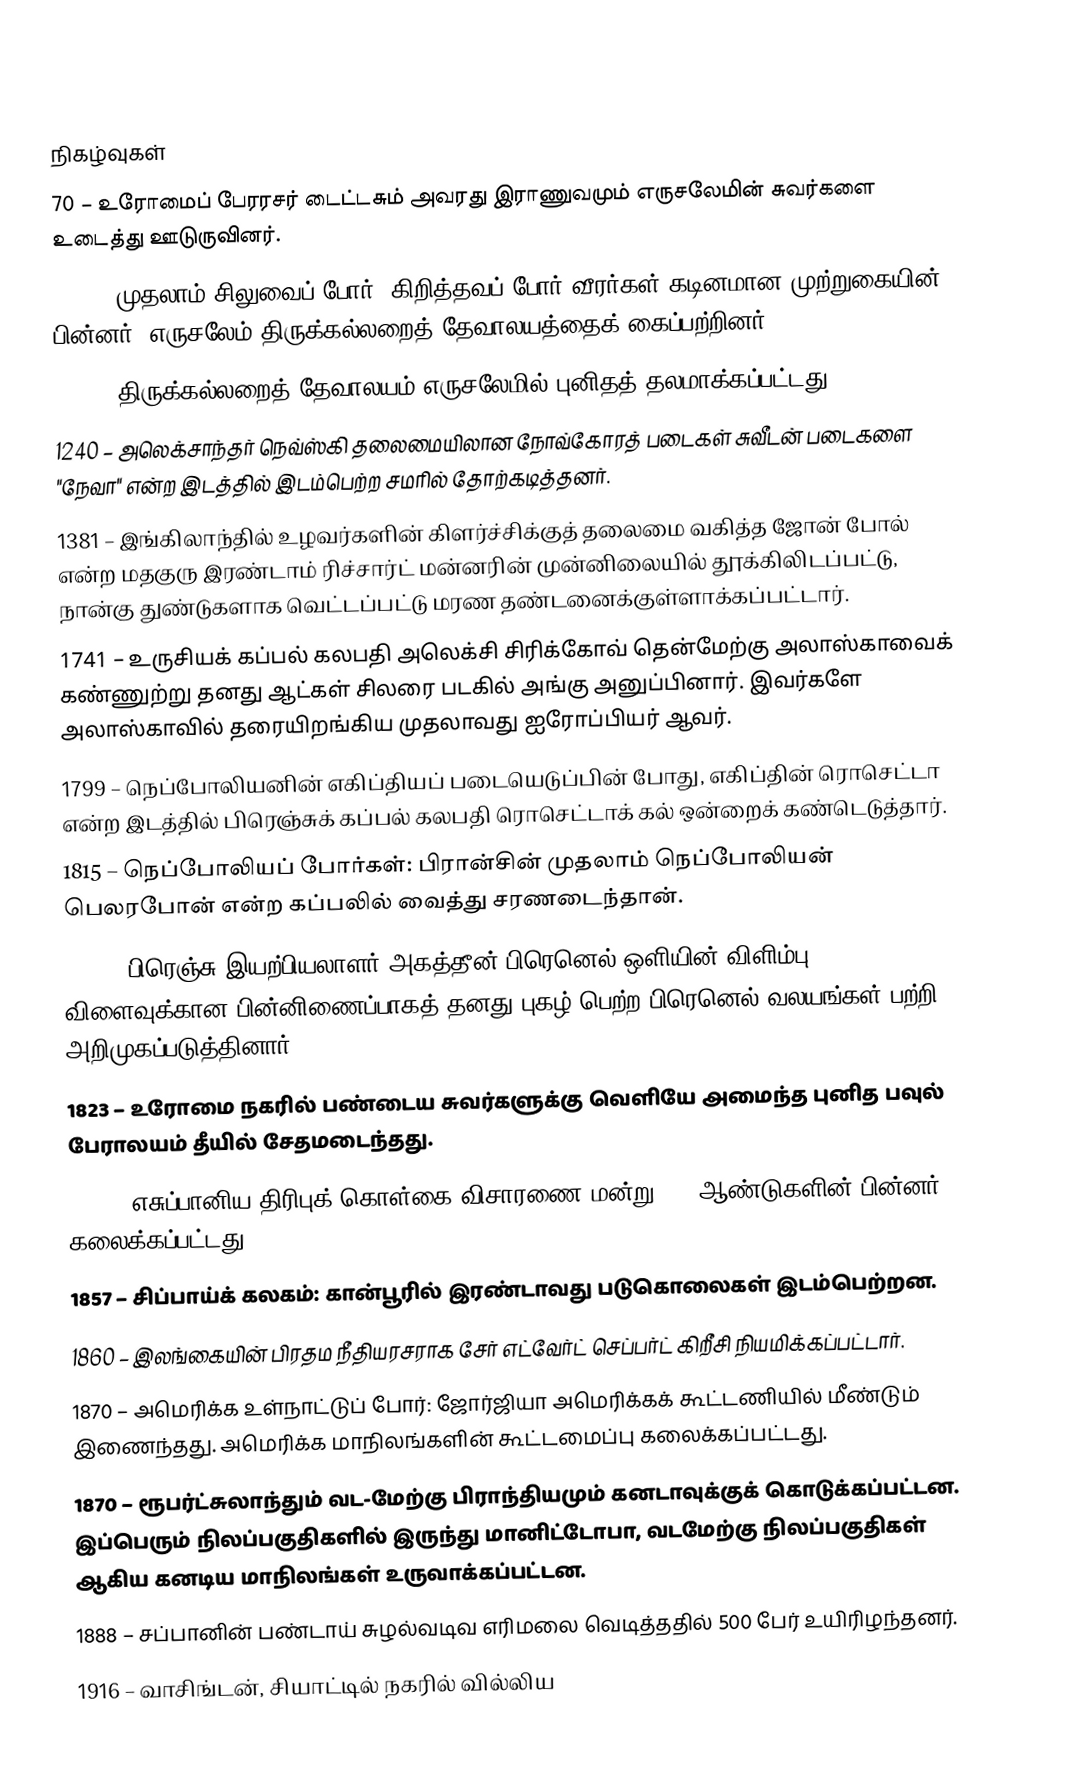

நிகழ்வுகள்
70 – உரோமைப் பேரரசர் டைட்டசும் அவரது இராணுவமும் எருசலேமின் சுவர்களை உடைத்து ஊடுருவினர்.
1099 – முதலாம் சிலுவைப் போர்: கிறித்தவப் போர் வீரர்கள் கடினமான முற்றுகையின் பின்னர், எருசலேம் திருக்கல்லறைத் தேவாலயத்தைக் கைப்பற்றினர்.
1149 – திருக்கல்லறைத் தேவாலயம் எருசலேமில் புனிதத் தலமாக்கப்பட்டது.
1240 – அலெக்சாந்தர் நெவ்ஸ்கி தலைமையிலான நோவ்கோரத் படைகள் சுவீடன் படைகளை "நேவா" என்ற இடத்தில் இடம்பெற்ற சமரில் தோற்கடித்தனர்.
1381 – இங்கிலாந்தில் உழவர்களின் கிளர்ச்சிக்குத் தலைமை வகித்த ஜோன் போல் என்ற மதகுரு இரண்டாம் ரிச்சார்ட் மன்னரின் முன்னிலையில் தூக்கிலிடப்பட்டு, நான்கு துண்டுகளாக வெட்டப்பட்டு மரண தண்டனைக்குள்ளாக்கப்பட்டார்.
1741 – உருசியக் கப்பல் கலபதி அலெக்சி சிரிக்கோவ் தென்மேற்கு அலாஸ்காவைக் கண்ணுற்று தனது ஆட்கள் சிலரை படகில் அங்கு அனுப்பினார். இவர்களே அலாஸ்காவில் தரையிறங்கிய முதலாவது ஐரோப்பியர் ஆவர்.
1799 – நெப்போலியனின் எகிப்தியப் படையெடுப்பின் போது, எகிப்தின் ரொசெட்டா என்ற இடத்தில் பிரெஞ்சுக் கப்பல் கலபதி ரொசெட்டாக் கல் ஒன்றைக் கண்டெடுத்தார்.
1815 – நெப்போலியப் போர்கள்: பிரான்சின் முதலாம் நெப்போலியன் பெலரபோன் என்ற கப்பலில் வைத்து சரணடைந்தான்.
1816 – பிரெஞ்சு இயற்பியலாளர் அகத்தீன் பிரெனெல் ஒளியின் விளிம்பு விளைவுக்கான பின்னிணைப்பாகத் தனது புகழ் பெற்ற பிரெனெல் வலயங்கள் பற்றி அறிமுகப்படுத்தினார்.
1823 – உரோமை நகரில் பண்டைய சுவர்களுக்கு வெளியே அமைந்த புனித பவுல் பேராலயம் தீயில் சேதமடைந்தது.
1834 – எசுப்பானிய திரிபுக் கொள்கை விசாரணை மன்று 356 ஆண்டுகளின் பின்னர் கலைக்கப்பட்டது.
1857 – சிப்பாய்க் கலகம்: கான்பூரில் இரண்டாவது படுகொலைகள் இடம்பெற்றன.
1860 – இலங்கையின் பிரதம நீதியரசராக சேர் எட்வேர்ட் செப்பர்ட் கிறீசி நியமிக்கப்பட்டார்.
1870 – அமெரிக்க உள்நாட்டுப் போர்: ஜோர்ஜியா அமெரிக்கக் கூட்டணியில் மீண்டும் இணைந்தது. அமெரிக்க மாநிலங்களின் கூட்டமைப்பு கலைக்கப்பட்டது.
1870 – ரூபர்ட்சுலாந்தும் வட-மேற்கு பிராந்தியமும் கனடாவுக்குக் கொடுக்கப்பட்டன. இப்பெரும் நிலப்பகுதிகளில் இருந்து மானிட்டோபா, வடமேற்கு நிலப்பகுதிகள் ஆகிய கனடிய மாநிலங்கள் உருவாக்கப்பட்டன.
1888 – சப்பானின் பண்டாய் சுழல்வடிவ எரிமலை வெடித்ததில் 500 பேர் உயிரிழந்தனர்.
1916 – வாசிங்டன், சியாட்டில் நகரில் வில்லிய